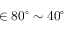
\in 8 0 ^ { \circ } \sim 4 0 ^ { \circ }